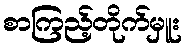
စာကြည့်တိုက်မှူး